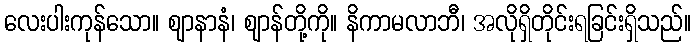
လေးပါးကုန်သော။ ဈာနာနံ၊ ဈာန်တို့ကို။ နိကာမလာဘီ၊ အလိုရှိတိုင်းရခြင်းရှိသည်။